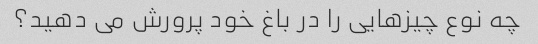
چه نوع چیزهایی را در باغ خود پرورش می دهید؟